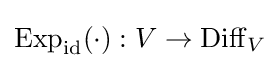
\operatorname {Exp} _{\rm {id}}(\cdot ):V\to \operatorname {Diff} _{V}